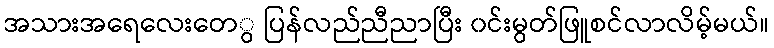
အသားအရေလေးတေွ ပြန်လည်ညီညာပြီး ၀င်းမွတ်ဖြူစင်လာလိမ့်မယ်။